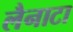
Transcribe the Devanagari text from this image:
लैनाटा